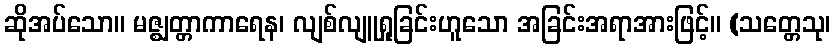
ဆိုအပ်သော။ မဇ္ဈတ္တာကာရေန၊ လျစ်လျူရှုခြင်းဟူသော အခြင်းအရာအားဖြင့်။ (သတ္တေသု၊